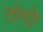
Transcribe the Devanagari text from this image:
तंगो